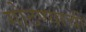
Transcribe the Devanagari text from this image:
गोठण्याची